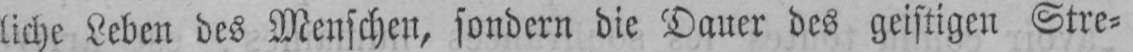
liche Leben des Menschen, sondern die Dauer des geistigen Stre⸗